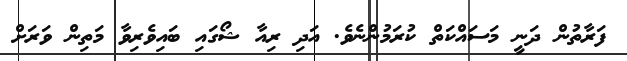
ފަރާތުން ދަނީ މަސައްކަތް ކުރަމުންނެވެ. އަދި ރިއާ ޝޯގައި ބައިވެރިވާ މަތިން ވަރަށް